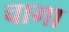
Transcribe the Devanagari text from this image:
चागा